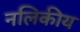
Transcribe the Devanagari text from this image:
नलिकीय